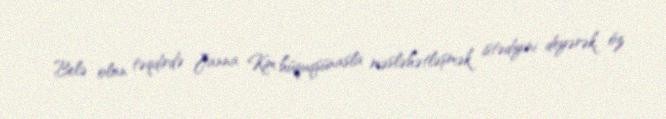
Belə olan təqdirdə Janna Kim hüquqşünasla məsləhətləşmək istədiyini deyərək, öz